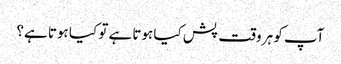
آپ کو ہر وقت پش کیا ہوتا ہے تو کیا ہوتا ہے؟